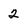
Character: 2